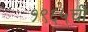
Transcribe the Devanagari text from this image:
१९६५ची